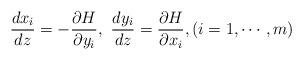
LaTeX: \begin{align*}\frac{dx_i}{dz} = - \frac{\partial H}{\partial y_i},\,\, \frac{dy_i}{dz} = \frac{\partial H}{\partial x_i}, (i=1,\cdots ,m)\end{align*}